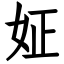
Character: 姃